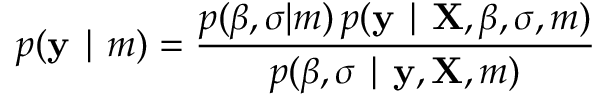
p ( \mathbf { y } \mid m ) = { \frac { p ( { \boldsymbol { \beta } } , \sigma | m ) \, p ( \mathbf { y } \mid \mathbf { X } , { \boldsymbol { \beta } } , \sigma , m ) } { p ( { \boldsymbol { \beta } } , \sigma \mid \mathbf { y } , \mathbf { X } , m ) } }